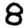
Digit: 8